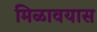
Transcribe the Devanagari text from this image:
मिळावयास